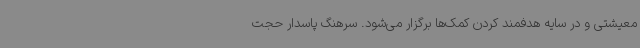
معیشتی و در سایه هدفمند کردن کمک‌ها برگزار می‌شود. سرهنگ پاسدار حجت